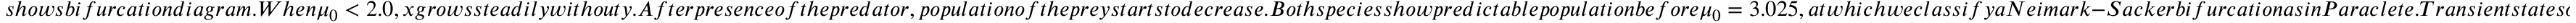
s h o w s b i f u r c a t i o n d i a g r a m . W h e n \mu _ { 0 } < 2 . 0 , x g r o w s s t e a d i l y w i t h o u t y . A f t e r p r e s e n c e o f t h e p r e d a t o r , p o p u l a t i o n o f t h e p r e y s t a r t s t o d e c r e a s e . B o t h s p e c i e s s h o w p r e d i c t a b l e p o p u l a t i o n b e f o r e \mu _ { 0 } = 3 . 0 2 5 , a t w h i c h w e c l a s s i f y a N e i m a r k - S a c k e r b i f u r c a t i o n a s i n P a r a c l e t e . T r a n s i e n t s t a t e s o c c u r b e t w e e n 3 . 0 2 5 < \mu _ { 0 } < 3 . 2 0 0 , a s i n d i c a t e d i n t h e s h a d e d r e g i o n . L a t e r , a 6 - c y c l e a p p e a r s a t \mu _ { 0 } = 3 . 2 4 , w h i c h i s a l s o c o n f i r m e d i n F i g u r e